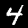
Label: 4